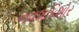
નવલકિશોર